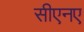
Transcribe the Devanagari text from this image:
सीएनए